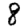
Digit: 8